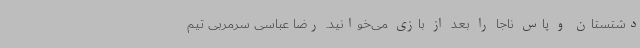
دشتستان و پاس ناجا را بعد از بازی می‌خوانید. رضا عباسی سرمربی تیم